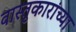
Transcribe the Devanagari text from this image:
वास्तुकारांच्या